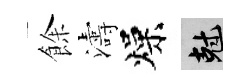
餘濤燥剋